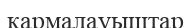
қармалауыштар